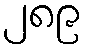
၂၈၉